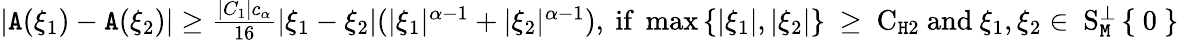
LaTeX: \begin{array}{r}{|\mathtt{A}(\xi_{1})-\mathtt{A}(\xi_{2})|\ge\frac{|C_{1}|c_{\alpha}}{16}|\xi_{1}-\xi_{2}|(|\xi_{1}|^{\alpha-1}+|\xi_{2}|^{\alpha-1}),\mathrm{~if~\operatorname*{max}\left\{ |\xi_1|,|\xi_2|\right\} ~\ge~C_{\mathtt{H}2}~and~\xi_1,\xi_2\in~S_\mathtt{M}^\perp\left\{ ~0~\right\} ~}}\end{array}